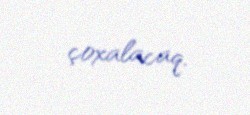
çoxalacaq.